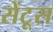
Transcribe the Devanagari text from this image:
सेंटूस